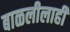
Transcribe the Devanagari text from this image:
बाळलीलाही